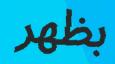
بظھر